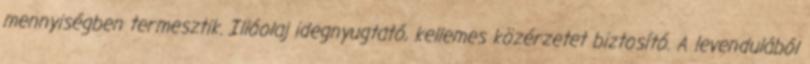
mennyiségben termesztik. Illóolaj idegnyugtató, kellemes közérzetet biztosító. A levendulából